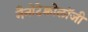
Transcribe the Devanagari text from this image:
नैनोटेक्नोलॉजी